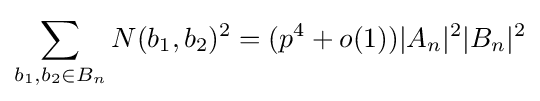
\sum \limits _{b_{1},b_{2}\in B_{n}}N(b_{1},b_{2})^{2}=(p^{4}+o(1))|A_{n}|^{2}|B_{n}|^{2}